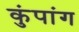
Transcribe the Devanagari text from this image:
कुंपांग